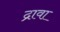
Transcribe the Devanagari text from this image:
द्रावा